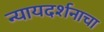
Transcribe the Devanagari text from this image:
न्यायदर्शनाचा